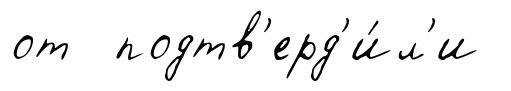
от подтв'ерд'и́л'и